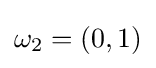
\omega _{2}=(0,1)